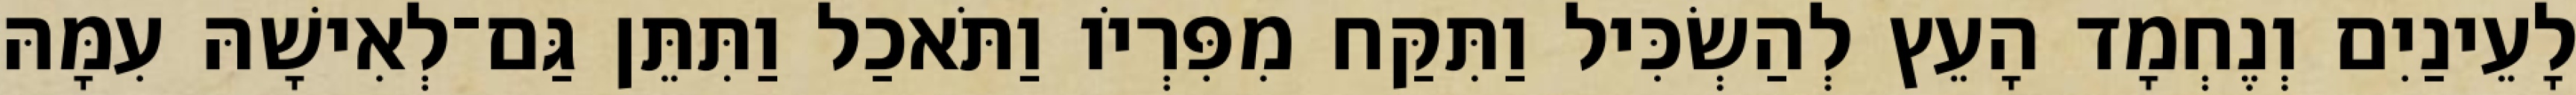
לָעֵינַיִם וְנֶחְמָד הָעֵץ לְהַשְׂכִּיל וַתִּקַּח מִפִּרְיֹו וַתֹּאכַל וַתִּתֵּן גַּם־לְאִישָׁהּ עִמָּהּ